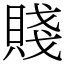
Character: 賤